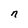
Character: n